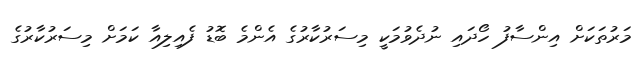
މަރުތަކަށް އިންސާފު ހޯދައި ނުދެވުމަކީ މިސަރުކާރުގެ އެންމެ ބޮޑު ފެއިލިއާ ކަމަށް މިސަރުކާރުގެ